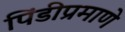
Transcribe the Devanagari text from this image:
पिंडीप्रमाणे